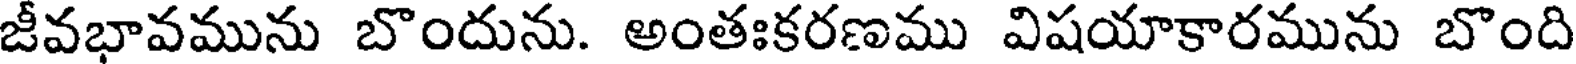
జీవభావమును బొందును. అంతఃకరణము విషయాకారమును బొంది